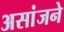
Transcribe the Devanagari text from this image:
असांजने